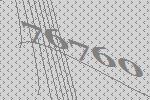
76760